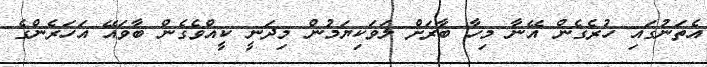
އެތަނުގައި ހުރެގެން އޭނާ މިހާ ބާރަށް ލަވަކިޔަމުން މިދަނީ ކީއްވެގެން ބާވައޭ އަހަރެންގެ